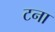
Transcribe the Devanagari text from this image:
टना